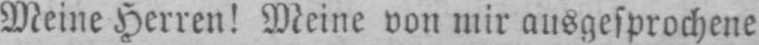
Meine Herren! Meine von mir ausgesprochene